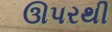
ઊપરથી